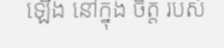
ឡើង នៅក្នុង ចិត្ត របស់